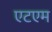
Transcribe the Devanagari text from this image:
एटएम